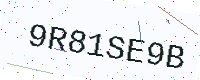
Text: 9R81SE9B